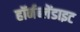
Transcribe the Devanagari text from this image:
हॉर्नब्लेंडाइट